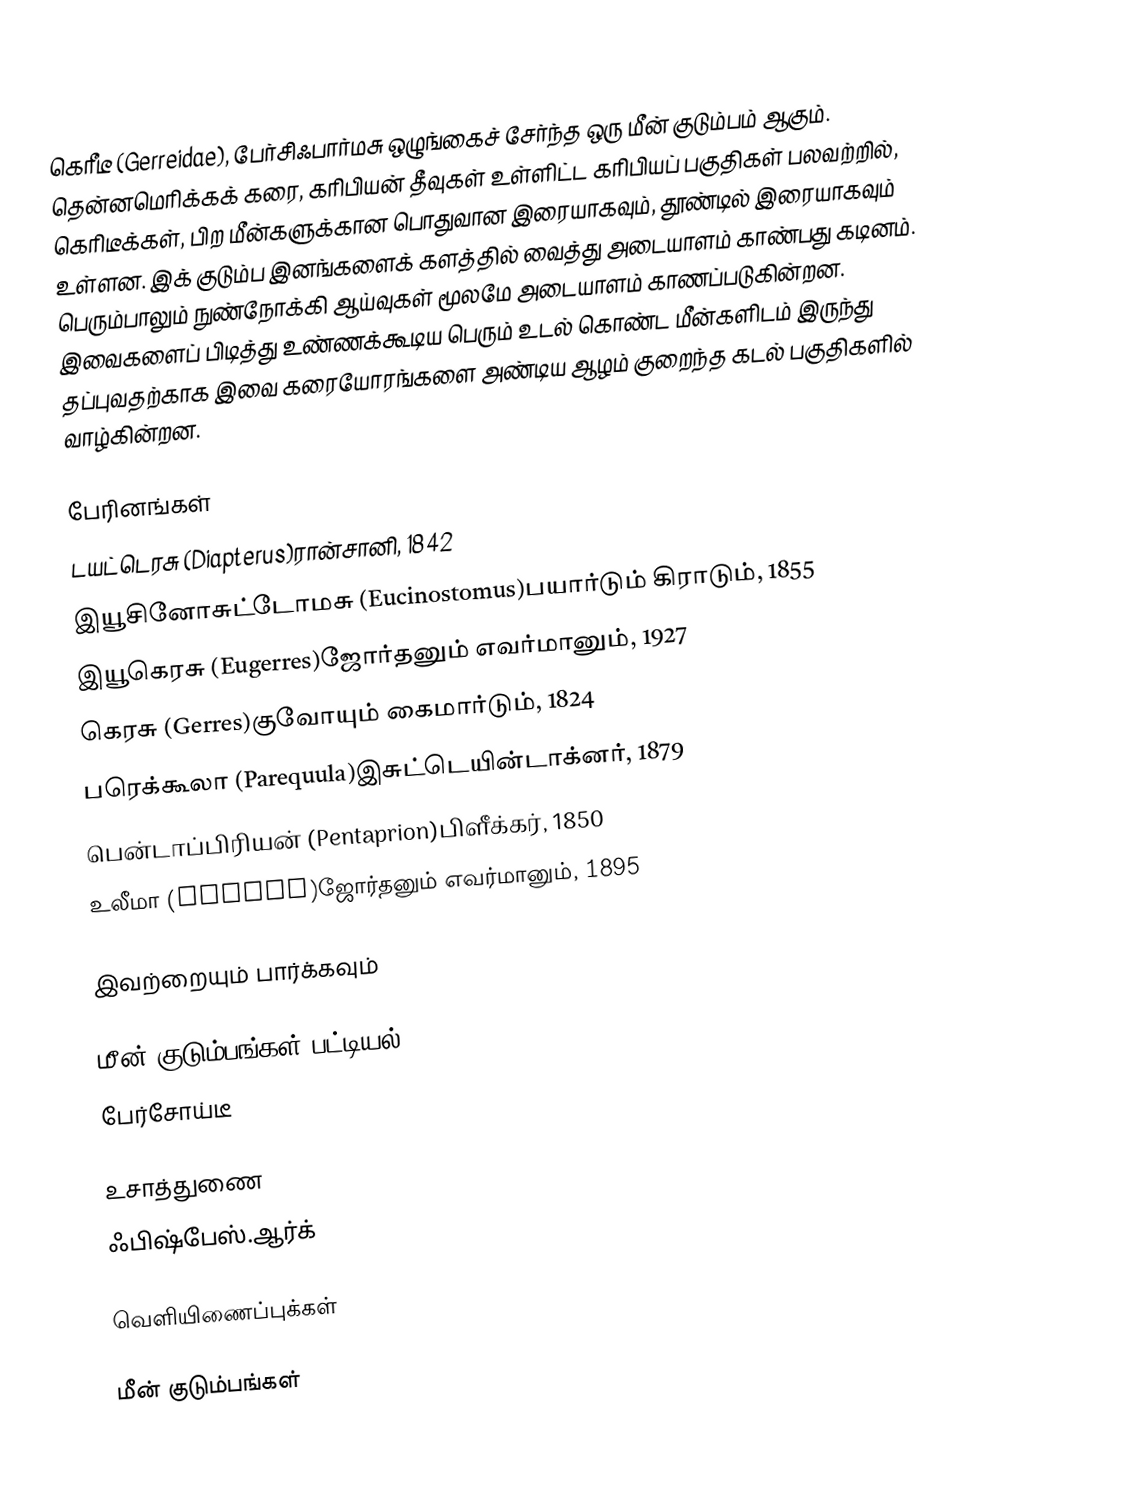
கெரீடீ (Gerreidae), பேர்சிஃபார்மசு ஒழுங்கைச் சேர்ந்த ஒரு மீன் குடும்பம் ஆகும். தென்னமெரிக்கக் கரை, கரிபியன் தீவுகள் உள்ளிட்ட கரிபியப் பகுதிகள் பலவற்றில், கெரிடீக்கள், பிற மீன்களுக்கான பொதுவான இரையாகவும், தூண்டில் இரையாகவும் உள்ளன. இக் குடும்ப இனங்களைக் களத்தில் வைத்து அடையாளம் காண்பது கடினம். பெரும்பாலும் நுண்நோக்கி ஆய்வுகள் மூலமே அடையாளம் காணப்படுகின்றன. இவைகளைப் பிடித்து உண்ணக்கூடிய பெரும் உடல் கொண்ட மீன்களிடம் இருந்து தப்புவதற்காக இவை கரையோரங்களை அண்டிய ஆழம் குறைந்த கடல் பகுதிகளில் வாழ்கின்றன.

பேரினங்கள்
டயட்டெரசு (Diapterus)ரான்சானி, 1842
இயூசினோசுட்டோமசு (Eucinostomus)பயார்டும் கிராடும், 1855
இயூகெரசு (Eugerres)ஜோர்தனும் எவர்மானும், 1927
கெரசு (Gerres)குவோயும் கைமார்டும், 1824
பரெக்கூலா (Parequula)இசுட்டெயின்டாக்னர், 1879
பென்டாப்பிரியன் (Pentaprion)பிளீக்கர், 1850
உலீமா (Ulaema)ஜோர்தனும் எவர்மானும், 1895

இவற்றையும் பார்க்கவும்

 மீன் குடும்பங்கள் பட்டியல்
 பேர்சோய்டீ

உசாத்துணை
 ஃபிஷ்பேஸ்.ஆர்க்

வெளியிணைப்புக்கள்

மீன் குடும்பங்கள்